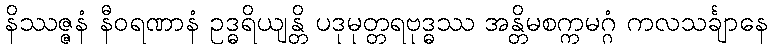
နိဿဇ္ဇနံ နီဝရဏာနံ ဥဒ္ဓရိယျန္တိ ပဒုမုတ္တရဗုဒ္ဓဿ အန္တိမစက္ကမဂ္ဂံ ကလသင်္ချာနေ